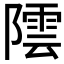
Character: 𮥡